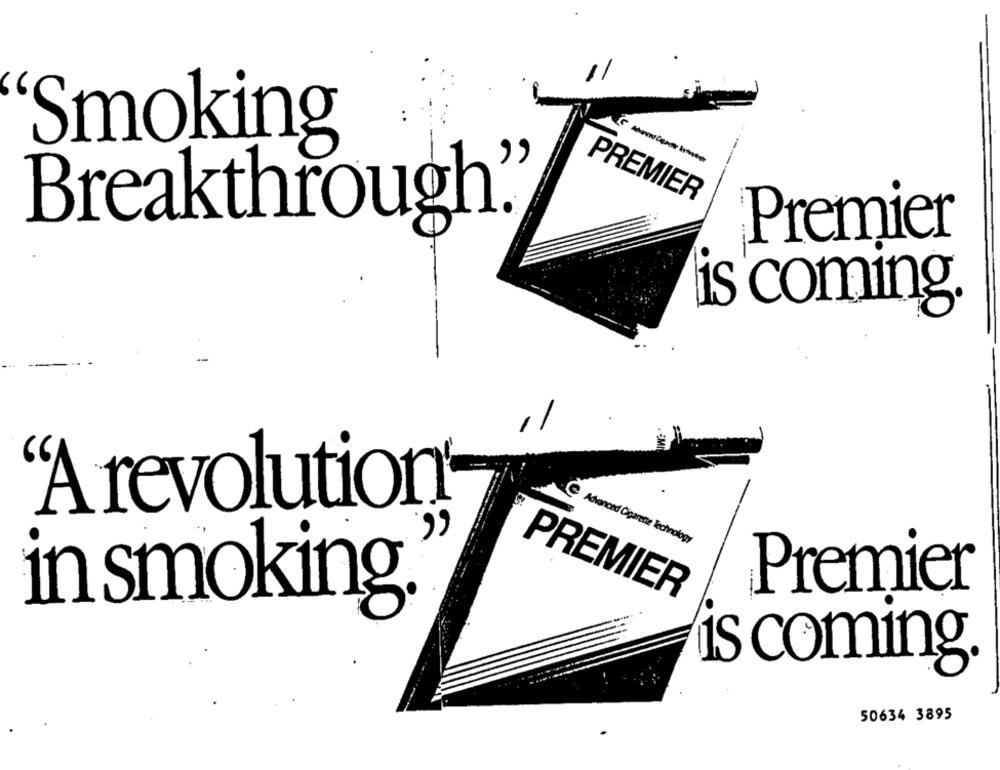
Smoking
PREMIER
Breakthrough""
Premier
is coming.
"A revolution
Advanced Cigarette Technology
Premier
PREMIER
in smoking.
is coming.
50634 3895